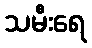
သမီးရေ